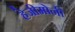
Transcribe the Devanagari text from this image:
हेजीमोनी